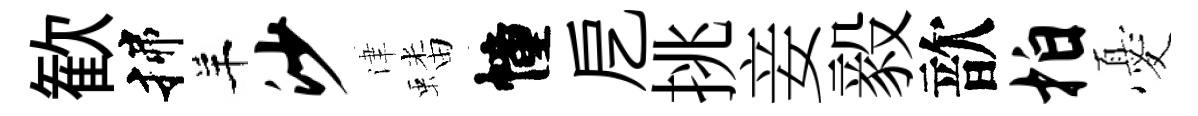
歓揲羊沙津蟠幢戹挑妾毅歆拍憂